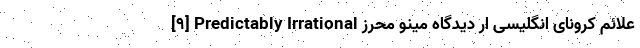
[۹] Predictably Irrational علائم کرونای انگلیسی ار دیدگاه مینو محرز